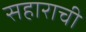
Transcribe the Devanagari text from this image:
सहाराची